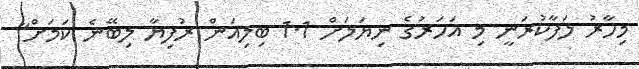
މިހާރު ލަފާކުރަނީ މި އަހަރުގެ ނިޔަލަށް 1.1 ބިލިއަން ރުފިޔާ ލިބޭނެ ކަމަށް"